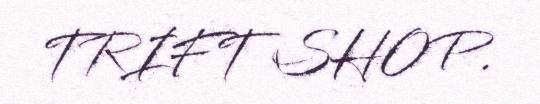
TRIFT SHOP.